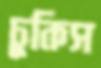
ঢুকিস